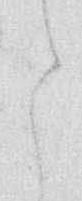
と